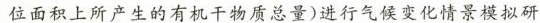
位面积上所产生的有机干物质总量)进行气候变化情景模拟研